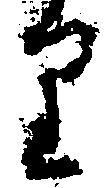
り